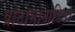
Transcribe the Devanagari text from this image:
प्रोटोमोनाडिडा